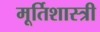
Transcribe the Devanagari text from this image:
मूर्तिशास्त्री